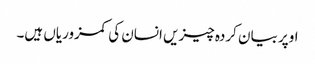
اوپر بیان کردہ چیزیں انسان کی کمزوریاں ہیں۔